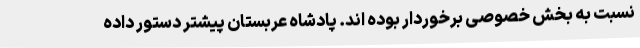
نسبت به بخش خصوصی برخوردار بوده اند. پادشاه عربستان پیشتر دستور داده